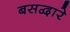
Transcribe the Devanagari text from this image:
बसद्वारे